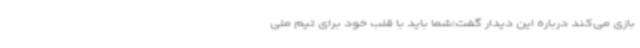
بازی می‌کند درباره این دیدار گفت:شما باید با قلب خود برای تیم ملی